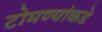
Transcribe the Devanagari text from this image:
टोमण्यांकडे